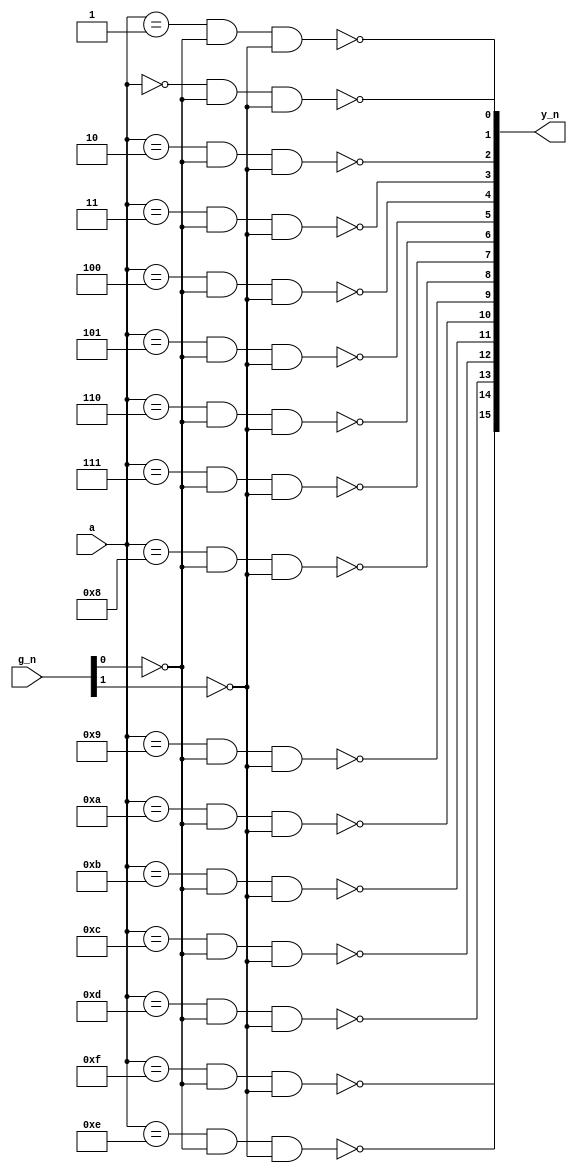
/* Copyright 2019 Jared Boone <jared@sharebrained.com>. Open-source license to be determined.
 */

`default_nettype none
`timescale 1ns / 100ps

module mux_74154(
	input  wire [ 3:0] a,
	input  wire [ 1:0] g_n,
	output wire [15:0] y_n
);

wire g0 = !g_n[0];
wire g1 = !g_n[1];

assign y_n[ 0] = !((a == 4'h0) && g0 && g1);
assign y_n[ 1] = !((a == 4'h1) && g0 && g1);
assign y_n[ 2] = !((a == 4'h2) && g0 && g1);
assign y_n[ 3] = !((a == 4'h3) && g0 && g1);
assign y_n[ 4] = !((a == 4'h4) && g0 && g1);
assign y_n[ 5] = !((a == 4'h5) && g0 && g1);
assign y_n[ 6] = !((a == 4'h6) && g0 && g1);
assign y_n[ 7] = !((a == 4'h7) && g0 && g1);
assign y_n[ 8] = !((a == 4'h8) && g0 && g1);
assign y_n[ 9] = !((a == 4'h9) && g0 && g1);
assign y_n[10] = !((a == 4'hA) && g0 && g1);
assign y_n[11] = !((a == 4'hB) && g0 && g1);
assign y_n[12] = !((a == 4'hC) && g0 && g1);
assign y_n[13] = !((a == 4'hD) && g0 && g1);
assign y_n[14] = !((a == 4'hE) && g0 && g1);
assign y_n[15] = !((a == 4'hF) && g0 && g1);

endmodule